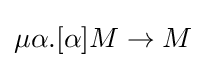
\mu \alpha .[\alpha ]M\to M